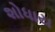
શોધાય